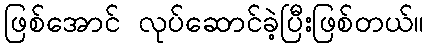
ဖြစ်အောင် လုပ်ဆောင်ခဲ့ပြီးဖြစ်တယ်။